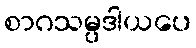
စာဂသမ္ပဒါယပေ